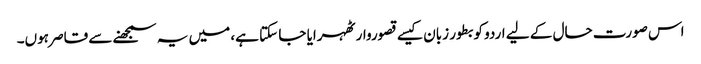
اس صورت حال کے لیے اردو کو بطور زبان کیسے قصوروار ٹھہرایا جا سکتا ہے، میں یہ سمجھنے سے قاصر ہوں۔